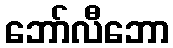
ဘော်လီဘော